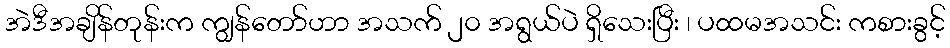
အဲဒီအချိန်တုန်းက ကျွန်တော်ဟာ အသက် ၂၀ အရွယ်ပဲ ရှိသေးပြီး ၊ ပထမအသင်း ကစားခွင့်